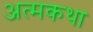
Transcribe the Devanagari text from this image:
अत्मकथा